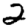
Digit: 2